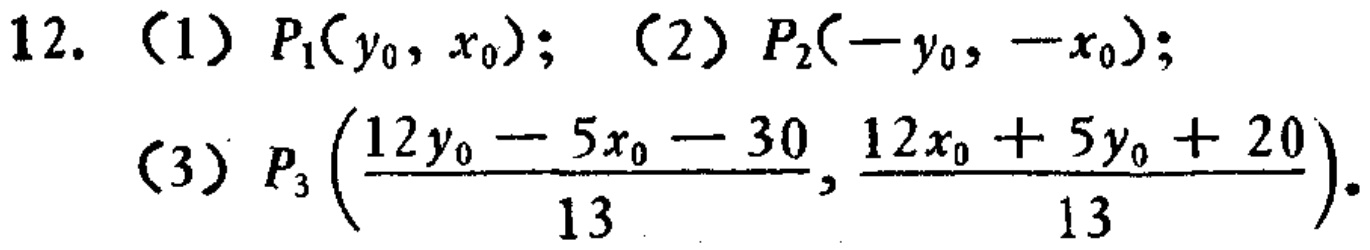
12. （1）$P_1(y_0, x_0)$; （2）$P_2(-y_0, -x_0)$;
（3）$P_3\left(\frac{12y_0 - 5x_0 - 30}{13}, \frac{12x_0 + 5y_0 + 20}{13}\right)$.